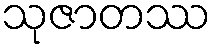
သုဇာတဿ